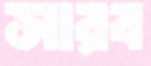
সারব